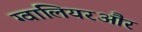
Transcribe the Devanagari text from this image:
ग्वालियरऔर